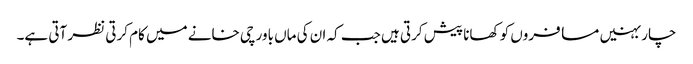
چار بہنیں مسافروں کو کھانا پیش کرتی ہیں جب کہ ان کی ماں باورچی خانے میں کام کرتی نظر آتی ہے۔